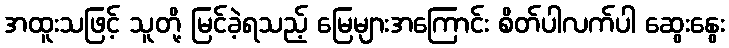
အထူးသဖြင့် သူတို့ မြင်ခဲ့ရသည့် မြေများအကြောင်း စိတ်ပါလက်ပါ ဆွေးနွေး